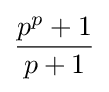
{\frac {p^{p}+1}{p+1}}